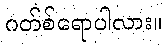
ဂတ်စ်ရောပါလား။